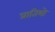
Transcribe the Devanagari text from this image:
प्रातिभो